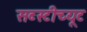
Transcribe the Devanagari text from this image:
सब्स्टीच्यूट